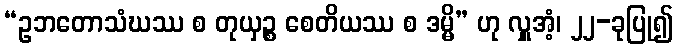
“ဥဘတောသံဃဿ စ တုယှဉ္စ စေတိယဿ စ ဒမ္မိ” ဟု လှူအံ့၊ ၂၂-ခုပြု၍